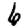
Digit: 6